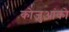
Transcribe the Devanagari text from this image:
कोजुआंको